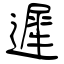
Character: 遲